DOW-UAP-D50, Email Correspondence, INDOPACOM, April 2025
Agency: Department of War
Incident date: 4/10/2025-4/11/2025
Page 2
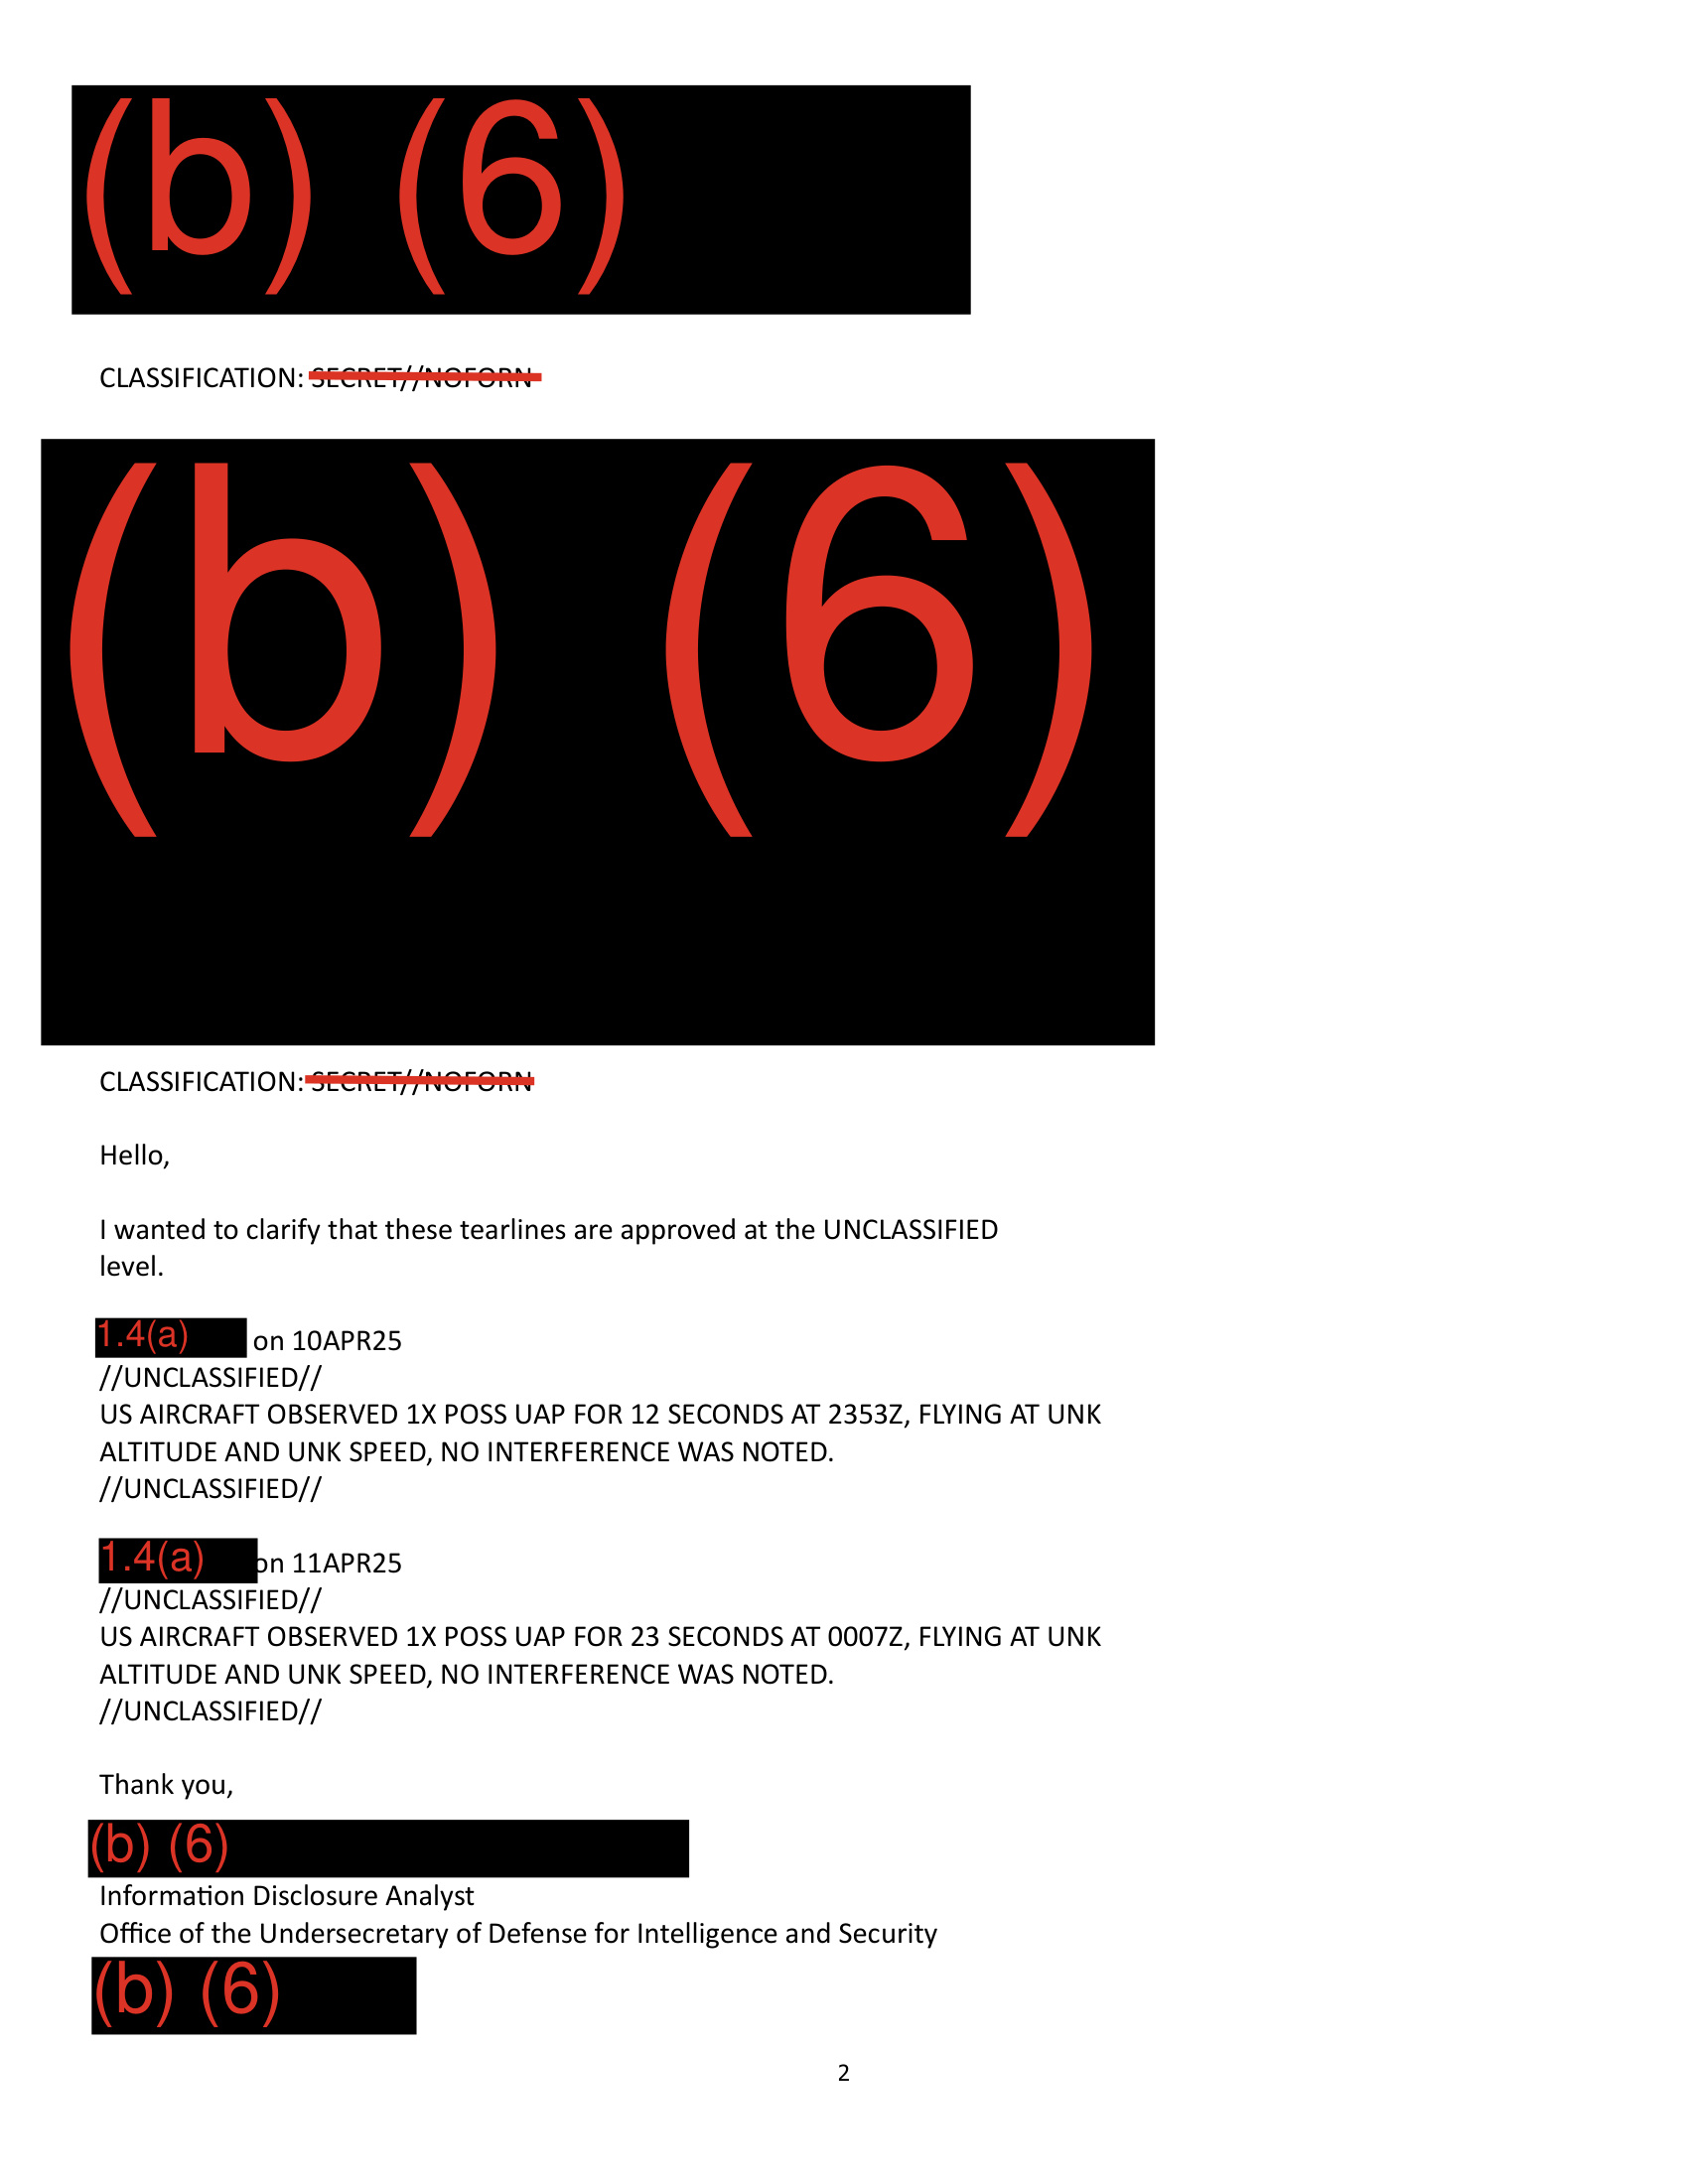